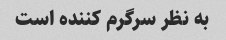
به نظر سرگرم کننده است